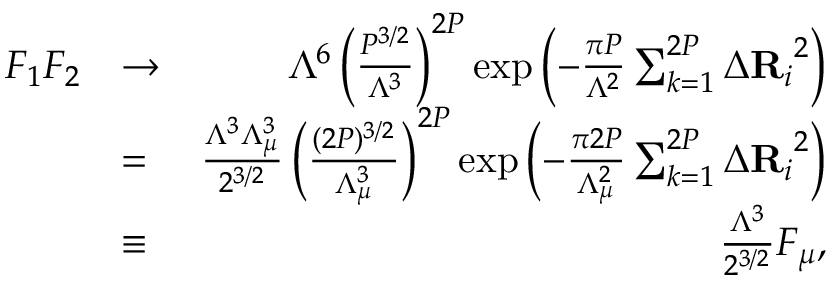
\begin{array} { r l r } { F _ { 1 } F _ { 2 } } & { \to } & { \Lambda ^ { 6 } \left( \frac { P ^ { 3 / 2 } } { \Lambda ^ { 3 } } \right) ^ { 2 P } \exp \left( - \frac { \pi P } { \Lambda ^ { 2 } } \sum _ { k = 1 } ^ { 2 P } { \Delta \mathbf { R } _ { i } } ^ { 2 } \right) } \\ & { = } & { \frac { \Lambda ^ { 3 } \Lambda _ { \mu } ^ { 3 } } { 2 ^ { 3 / 2 } } \left( \frac { ( 2 P ) ^ { 3 / 2 } } { \Lambda _ { \mu } ^ { 3 } } \right) ^ { 2 P } \exp \left( - \frac { \pi 2 P } { \Lambda _ { \mu } ^ { 2 } } \sum _ { k = 1 } ^ { 2 P } { \Delta \mathbf { R } _ { i } } ^ { 2 } \right) } \\ & { \equiv } & { \frac { \Lambda ^ { 3 } } { 2 ^ { 3 / 2 } } F _ { \mu } , } \end{array}